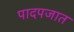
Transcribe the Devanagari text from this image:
पादपजात